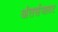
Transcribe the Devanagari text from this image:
अंतर्सजावट